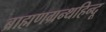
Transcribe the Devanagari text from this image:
ब्राह्मणग्रन्थहिन्दू